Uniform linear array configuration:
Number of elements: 32
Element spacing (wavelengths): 0.5
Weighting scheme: cosine
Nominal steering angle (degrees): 15
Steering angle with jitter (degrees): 15.606
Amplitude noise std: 0.05
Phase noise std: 0.05

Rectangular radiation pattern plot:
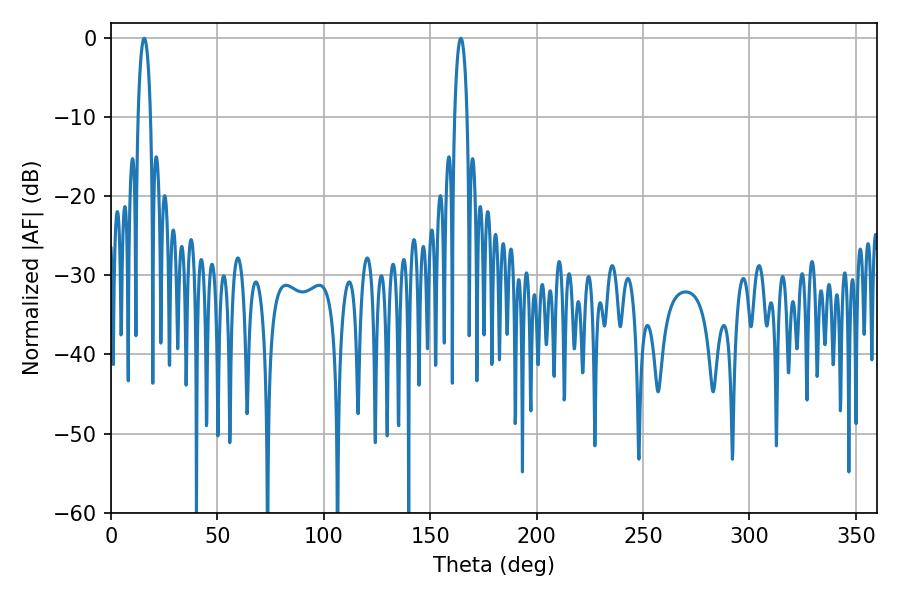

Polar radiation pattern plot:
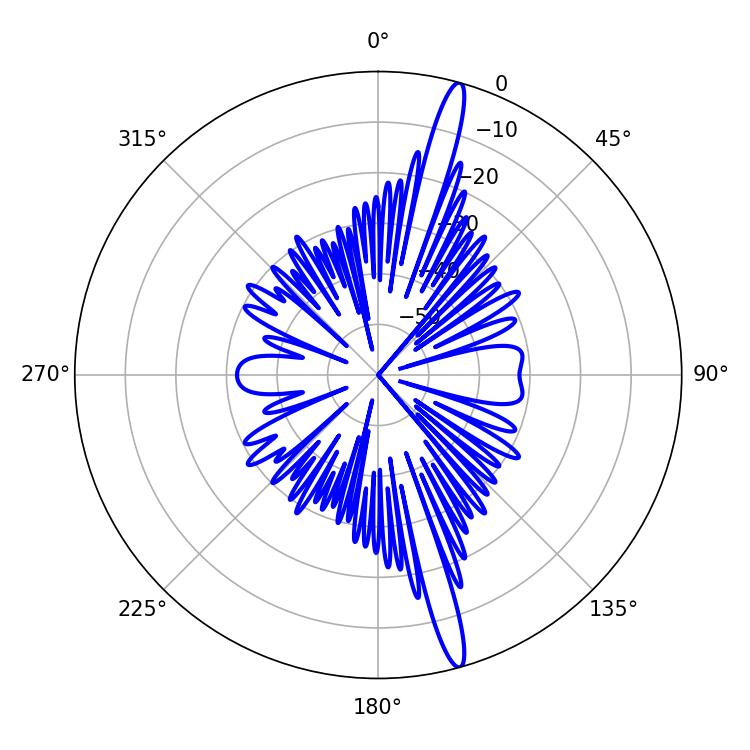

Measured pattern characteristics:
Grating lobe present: FALSE
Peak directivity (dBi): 17.546
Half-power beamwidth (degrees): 3.24
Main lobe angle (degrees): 164.34